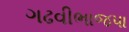
ગઢવીભાજપા